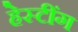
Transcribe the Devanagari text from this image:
हेस्टींग